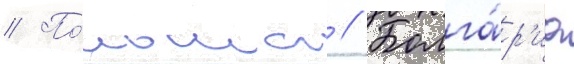
// По́льша // Болга́р'иа